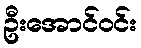
ဦးအောင်ဝင်း